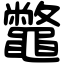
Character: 鼈